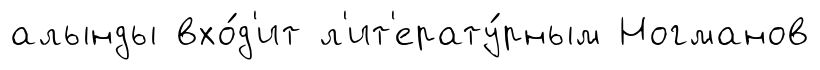
алынды вхо́д'ит л'ит'ерату́рным Ногманов